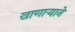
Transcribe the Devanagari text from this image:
खाणाऱ्याने